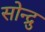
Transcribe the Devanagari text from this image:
सोन्द्रु